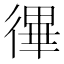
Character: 𢕏